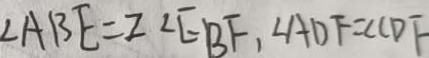
\angle A B E = 2 \angle E B F , \angle A D F = \angle C D F